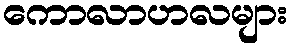
ကောလာဟလများ